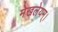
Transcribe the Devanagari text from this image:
मेखलेयम्।